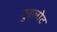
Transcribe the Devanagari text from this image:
गुइलोट